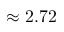
\approx 2 . 7 2